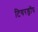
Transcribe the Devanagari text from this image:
टियरड्रॉप